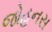
જોહનસ